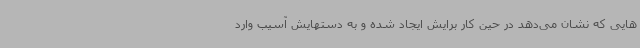
هایی که نشان می‌دهد در حین کار برایش ایجاد شده و به دستهایش آسیب وارد